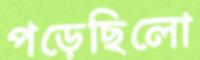
পড়েছিলো